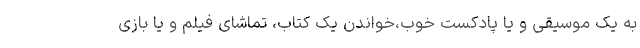
به یک موسیقی و یا پادکست خوب،خواندن یک کتاب، تماشای فیلم و یا بازی